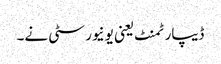
ڈیپارٹمنٹ یعنی یونیورسٹی نے۔